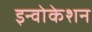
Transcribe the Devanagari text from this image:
इन्वोकेशन